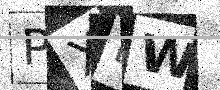
Text: PXLW